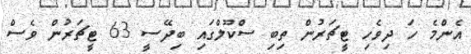
އެންމެ ހަ ދިވެހި ޓީޗަރުން ތިބި ސްކޫލްގައި ބިދޭސީ 63 ޓީޗަރުން ވެސް